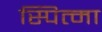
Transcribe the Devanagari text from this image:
स्पित्मा